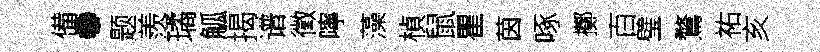
備·题羨璚觚揭谱徵嚀藻楨鼠瞿茵啄擲百璧鶩祐亥